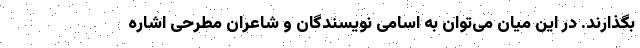
بگذارند. در این میان می‌توان به اسامی نویسندگان و شاعران مطرحی اشاره